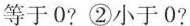
等于0?②小于0?